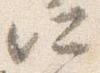
所